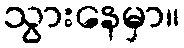
သွားနေမှာ။